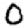
Digit: 0